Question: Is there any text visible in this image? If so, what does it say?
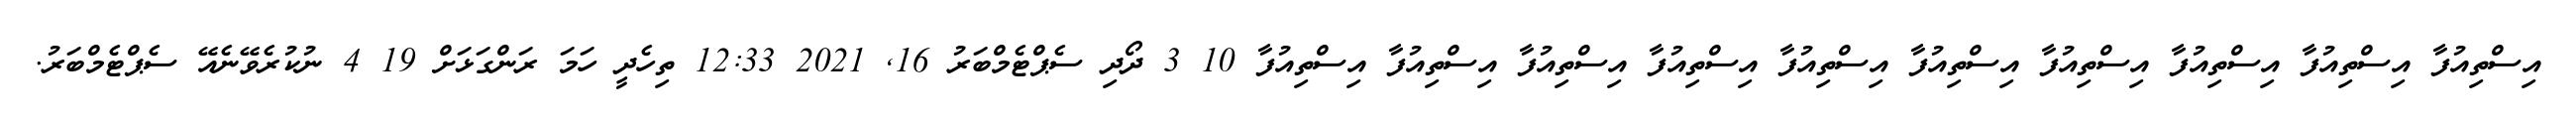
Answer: އިސްތިއުފާ އިސްތިއުފާ އިސްތިއުފާ އިސްތިއުފާ އިސްތިއުފާ އިސްތިއުފާ އިސްތިއުފާ އިސްތިއުފާ އިސްތިއުފާ އިސްތިއުފާ 10 3 ދޯދި ސެޕްޓެމްބަރު 16, 2021 12:33 ތިހެދީ ހަމަ ރަންގަޅަށް 19 4 ނުކުރެވޭނެއޭ ސެޕްޓެމްބަރު.